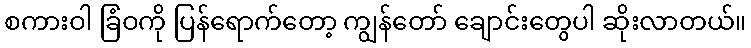
စကားဝါ ခြံဝကို ပြန်ရောက်တော့ ကျွန်တော် ချောင်းတွေပါ ဆိုးလာတယ်။